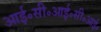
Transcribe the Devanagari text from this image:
आई॰सी॰आई॰सी॰आई॰